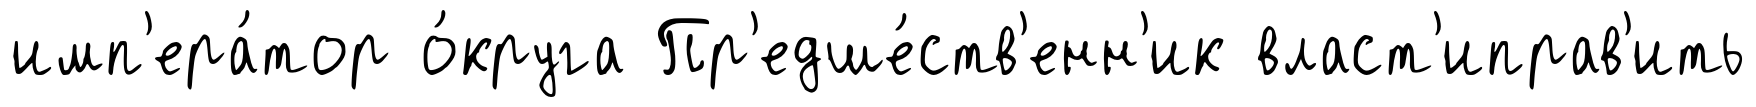
имп'ера́тор о́круга Пр'едше́ств'енн'ик власт'иправ'ить